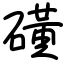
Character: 磺